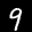
Label: 9